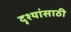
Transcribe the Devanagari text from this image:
दृश्यांसाठी